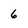
Character: 6